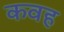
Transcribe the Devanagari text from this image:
कवह